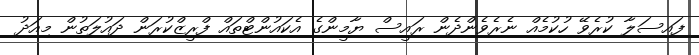
ފައިސަލާ ކުރެވޭ ހުކުމެއް ނެރެވެންދެން ރައީސް ޔާމީންގެ އެކައުންޓްތައް ފްރީޒްކުރަން ދައުލަތުން މިއަދު